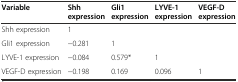
| Variable | Shh expression | Gli1 expression | LYVE-1 expression | VEGF-D expression |
 | --- | --- | --- | --- | --- |
 | Shh expression | 1 |  |  |  |
 | Gli1 expression | −0.281 | 1 |  |  |
 | LYVE-1 expression | −0.084 | 0.579* | 1 |  |
 | VEGF-D expression | −0.198 | 0.169 | 0.096 | 1 |